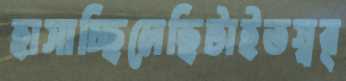
হাসাচ্ছিলেছিটাইতস্বর্